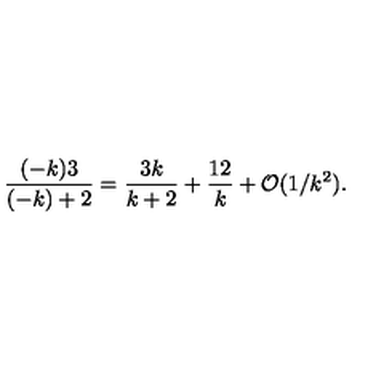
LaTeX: { \frac { ( - k ) 3 } { ( - k ) + 2 } } = { \frac { 3 k } { k + 2 } } + { \frac { 1 2 } { k } } + { \cal O } ( 1 / k ^ { 2 } ) .